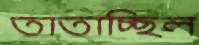
তাতাচ্ছিল